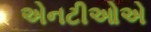
એનટીઓએ